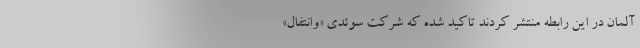
آلمان در این رابطه منتشر کردند تاکید شده که شرکت سوئدی «وانتفال»